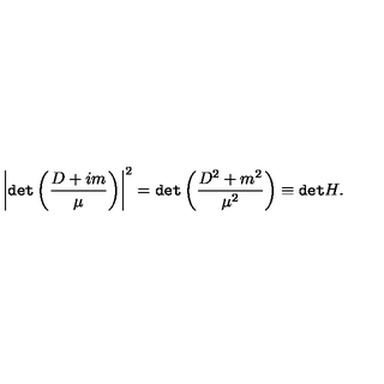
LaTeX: \left| { \tt { d e t } } \left( \frac { D + i m } { \mu } \right) \right| ^ { 2 } = { \tt { d e t } } \left( \frac { D ^ { 2 } + m ^ { 2 } } { \mu ^ { 2 } } \right) \equiv { \tt d e t } H .